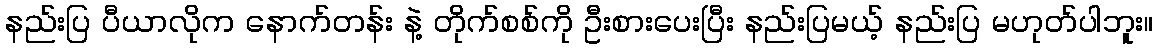
နည်းပြ ပီယာလိုက နောက်တန်း နဲ့ တိုက်စစ်ကို ဦးစားပေးပြီး နည်းပြမယ့် နည်းပြ မဟုတ်ပါဘူး။